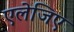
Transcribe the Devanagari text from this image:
एलेजिए